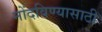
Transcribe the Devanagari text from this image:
नोंदविण्यासाठी